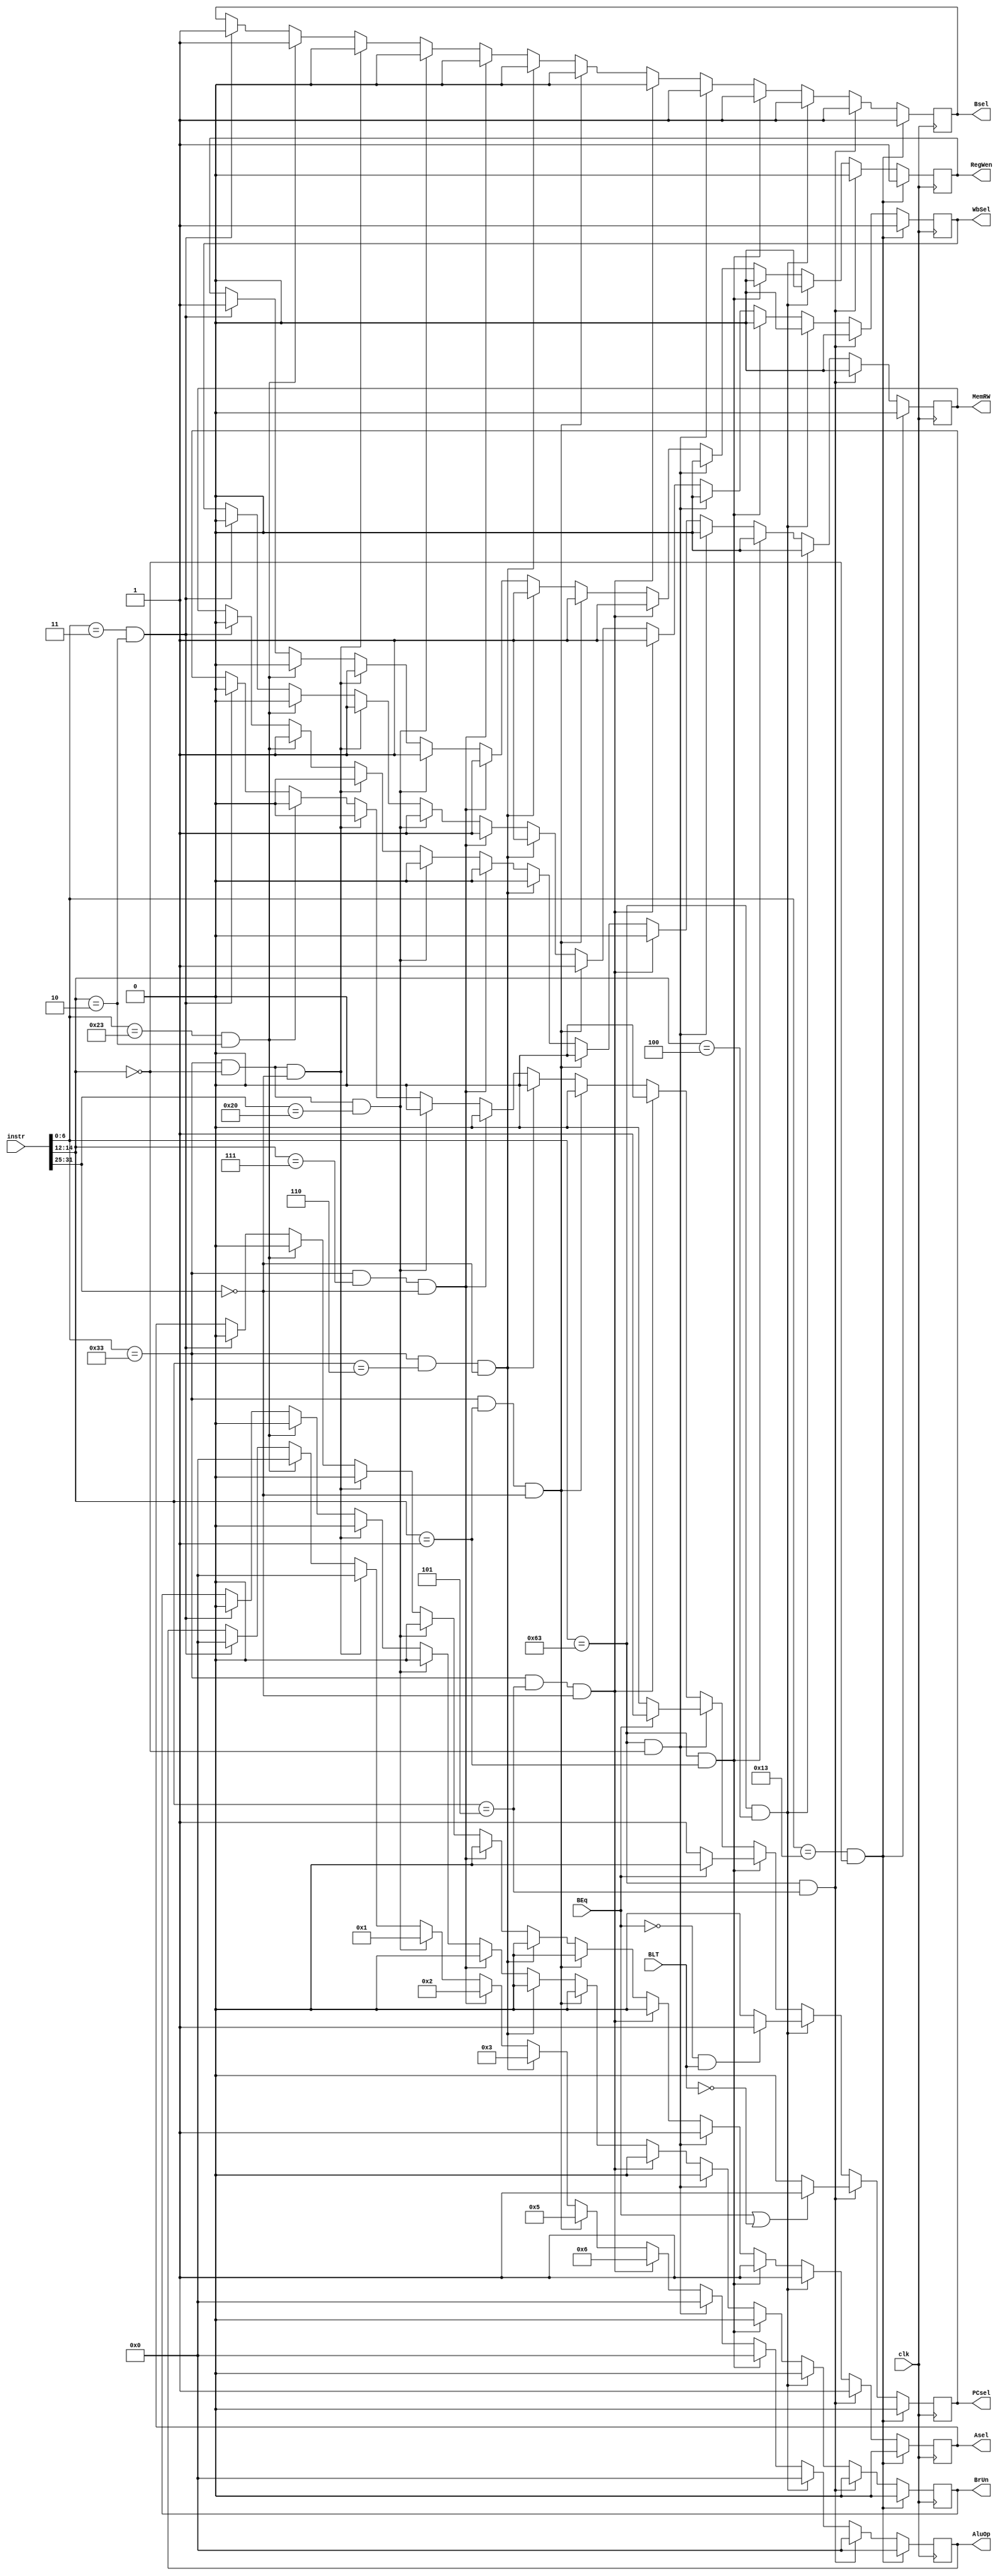
module Control_Unit(
input clk,
input [31:0] instr,
output reg PCsel,
output reg RegWen,
output reg BrUn,
input BEq,
input BLT,
output reg Bsel,
output reg Asel,
output reg [3:0] AluOp,
output reg WbSel,
output reg MemRW);
//zero initial
initial begin
PCsel = 0;
RegWen = 0;
BrUn = 0;
Bsel = 0;
Asel = 0;
AluOp = 0;
WbSel = 0;
MemRW = 0;
end
/*notes about abstracted inputs:
Immsel not used - always do it, just use Bsel to decide whether to take the Imm value or not
PCsel 0 is +4 1 is from alu output (B TYPE ONLY!!!)

*/

//list of instructions
//LW - Load Word, value from memory -> register
//SW - Store word, value from register -> memory
//ADD - Add rs1 + rs2, store in rd
//SUB - Subtract rs1 - rs2, store in rd
//AND - Logical rs1 & rs2, store in rd
//OR - Logical rs1 | rs2, store in rd
//XOR - Logical rs1 ^ rs2, store in rd
//SLL - Bitshift rs1 << rs2, store in rd
//SRL - Bitshift rs1 >> rs2, store in rd
//BrNE - If rs1 != rs2, shift PC by Imm value
//BrEq - If rs1 = rs2, shift PC by Imm value
//BrLT - If rs1 < rs2, shift PC by Imm value
//BrGE - If rs1 >= rs2, shift PC by Imm value

//IMM:
//ADDI imm type add
//SUBI <- use add, add a negative number

//see description of instruction at its place
always @(posedge clk) begin
//every cycle run:
// R TYPE: instr [6:0] opcode instr [14:12] func3 instr [31:25] func7
// I TYPE: instr [6:0] opcode instr [14:12] func3 instr [31:20] imm
// B TYPE: instr [6:0] opcode instr [14:12] func3 instr
//LW
	if(instr[6:0] == 7'b0000011 && instr[14:12] == 3'b010) begin
	PCsel = 0;
	RegWen = 1;
	BrUn = 0;
	Bsel = 1;
	Asel = 0;
	AluOp = 4'b0000;
	WbSel = 0;
	MemRW = 0;
	end
//SW
	if(instr[6:0] == 7'b0100011 && instr[14:12] == 3'b010) begin
	//SW
	PCsel = 0;
	RegWen = 0;
	BrUn = 0;
	Bsel = 1;
	Asel = 0;
	AluOp = 4'b0000;
	WbSel = 0;
	MemRW = 1;
	end
	
//ADD
	if(instr[6:0] == 7'b0110011 && instr[14:12] == 3'b000 && instr[31:25] == 7'b0000000) begin
	//ADD
	PCsel = 0;
	RegWen = 1;
	BrUn = 0;
	Bsel = 0;
	Asel = 0;
	AluOp = 4'b0000;
	WbSel = 1;
	MemRW = 0;
	end
//SUB
	if(instr[6:0] == 7'b0110011 && instr[14:12] == 3'b000 && instr[31:25] == 7'b0100000) begin
	//SUB
	PCsel = 0;
	RegWen = 1;
	BrUn = 0;
	Bsel = 0;
	Asel = 0;
	AluOp = 4'b0001;
	WbSel = 1;
	MemRW = 0;
	end
//AND
	if(instr[6:0] == 7'b0110011 && instr[14:12] == 3'b111 && instr[31:25] == 7'b0000000) begin
	//AND
	PCsel = 0;
	RegWen = 1;
	BrUn = 0;
	Bsel = 0;
	Asel = 0;
	AluOp = 4'b0010;
	WbSel = 1;
	MemRW = 0;
	end
//OR
	if(instr[6:0] == 7'b0110011 && instr[14:12] == 3'b110 && instr[31:25] == 7'b0000000) begin
	//OR
	PCsel = 0;
	RegWen = 1;
	BrUn = 0;
	Bsel = 0;
	Asel = 0;
	AluOp = 4'b0011;
	WbSel = 1;
	MemRW = 0;
	end
//XOR
	if(instr[6:0] == 0110011 && instr[14:12] == 100 && instr[31:25] == 0000000) begin
	//XOR
	PCsel = 0;
	RegWen = 1;
	BrUn = 0;
	Bsel = 0;
	Asel = 0;
	AluOp = 4'b0100;
	WbSel = 1;
	MemRW = 0;
	end
//SLL
	if(instr[6:0] == 7'b0110011 && instr[14:12] == 3'b001 && instr[31:25] == 7'b0000000) begin
	//SLL
	PCsel = 0;
	RegWen = 1;
	BrUn = 0;
	Bsel = 0;
	Asel = 0;
	AluOp = 4'b0101;
	WbSel = 1;
	MemRW = 0;
	end
//SRL
	if(instr[6:0] == 7'b0110011 && instr[14:12] == 3'b101 && instr[31:25] == 7'b0000000) begin
	//SRL
	PCsel = 0;
	RegWen = 1;
	BrUn = 0;
	Bsel = 0;
	Asel = 0;
	AluOp = 4'b0110;
	WbSel = 1;
	MemRW = 0;
	end
//BEQ
	if(instr[6:0] == 7'b1100011 && instr[14:12] == 3'b000) begin
	//BEQ
		if(BEq == 1) begin
			PCsel = 1;
			RegWen = 0;
			BrUn = 0;
			Bsel = 1;
			Asel = 1;
			AluOp = 4'b0000;
			WbSel = 0;
			MemRW = 0;
	end
	else begin
		PCsel = 0;
			RegWen = 0;
			BrUn = 0;
			Bsel = 1;
			Asel = 1;
			AluOp = 4'b0000;
			WbSel = 0;
			MemRW = 0;
	end
	end
//BNE
	if(instr[6:0] == 7'b1100011 && instr[14:12] == 3'b001) begin
	//BNE
			if(BEq != 1) begin
			PCsel = 1;
			RegWen = 0;
			BrUn = 0;
			Bsel = 1;
			Asel = 1;
			AluOp = 4'b0000;
			WbSel = 0;
			MemRW = 0;
	end
	else begin
		PCsel = 0;
			RegWen = 0;
			BrUn = 0;
			Bsel = 1;
			Asel = 1;
			AluOp = 4'b0000;
			WbSel = 0;
			MemRW = 0;
	end
	end
//BLT
	if(instr[6:0] == 7'b1100011 && instr[14:12] == 3'b100) begin
	//BLT
			if(BEq != 1 && BLT == 1) begin
			PCsel = 1;
			RegWen = 0;
			BrUn = 0;
			Bsel = 1;
			Asel = 1;
			AluOp = 4'b0000;
			WbSel = 0;
			MemRW = 0;
	end
	else begin
		PCsel = 0;
			RegWen = 0;
			BrUn = 0;
			Bsel = 1;
			Asel = 1;
			AluOp = 4'b0000;
			WbSel = 0;
			MemRW = 0;
	end
	end
//BGE
	if(instr[6:0] == 7'b1100011 && instr[14:12] == 3'b101) begin
	//BGE
			if(BEq == 1 || BLT == 0) begin
			PCsel = 1;
			RegWen = 0;
			BrUn = 0;
			Bsel = 1;
			Asel = 1;
			AluOp = 4'b0000;
			WbSel = 0;
			MemRW = 0;
	end
	else begin
			PCsel = 0;
			RegWen = 0;
			BrUn = 0;
			Bsel = 1;
			Asel = 1;
			AluOp = 4'b0000;
			WbSel = 0;
			MemRW = 0;
	end
	end
//ADDI
	if(instr[6:0] == 7'b0010011 && instr[14:12] == 3'b000) begin
	//ADDI
	PCsel = 0;
	RegWen = 1;
	BrUn = 0;
	Bsel = 1;
	Asel = 0;
	AluOp = 4'b0000;
	WbSel = 1;
	MemRW = 0;
	end

end
endmodule